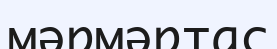
мәрмәртас